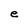
Character: e